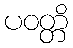
ပဝတ္တိ